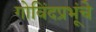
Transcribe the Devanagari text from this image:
गोविंदप्रभूंचे